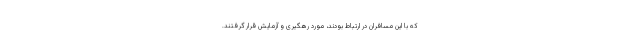
که با این مسافران در ارتباط بودند، مورد رهگیری و آزمایش قرار گرفتند.